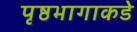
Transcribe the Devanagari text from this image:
पृष्ठभागाकडे